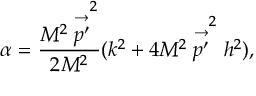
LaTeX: \alpha = \frac { M ^ { 2 } \stackrel { \rightarrow } { p ^ { \prime } } ^ { 2 } } { 2 M ^ { 2 } } ( k ^ { 2 } + 4 M ^ { 2 } \stackrel { \rightarrow } { p ^ { \prime } } ^ { 2 } h ^ { 2 } ) ,